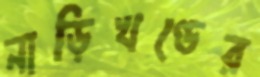
নাড়িখণ্ডের